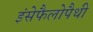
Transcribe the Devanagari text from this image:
इंसेफैलोपैथी